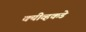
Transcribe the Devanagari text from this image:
क्यीव्हकडे